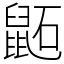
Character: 鼫